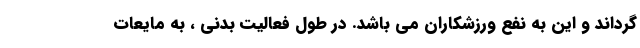
گرداند و این به نفع ورزشکاران می باشد. در طول فعالیت بدنی ، به مایعات